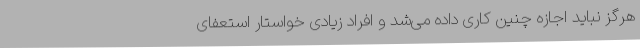
هرگز نباید اجازه چنین کاری داده می‌شد و افراد زیادی خواستار استعفای